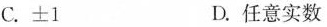
C.±1 D.任意实数